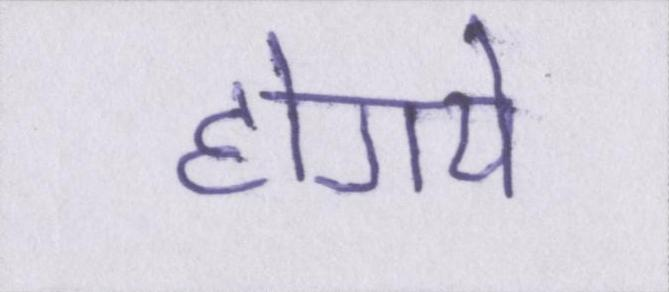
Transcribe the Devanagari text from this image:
होगये